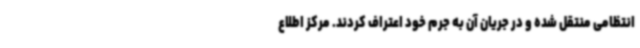
انتظامی منتقل شده و در جریان آن به جرم خود اعتراف کردند. مرکز اطلاع